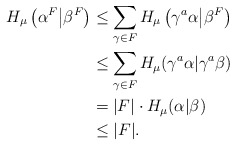
\begin{align*} H_\mu \left( \alpha^F \big \vert \beta^F \right) & \leq \sum_{\gamma \in F} H_\mu \left(\gamma^a \alpha \big \vert \beta^F \right) \\ & \leq \sum_{\gamma \in F} H_\mu (\gamma^a \alpha \vert \gamma^a \beta) \\ &= |F| \cdot H_\mu(\alpha|\beta) \\ & \leq |F|. \end{align*}